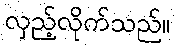
လှည့်လိုက်သည်။